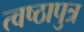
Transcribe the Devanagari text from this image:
त्वष्ठापुत्र